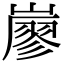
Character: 𡽐